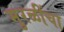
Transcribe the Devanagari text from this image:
मुरळींचा